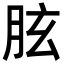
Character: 胘